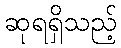
ဆုရရှိသည့်